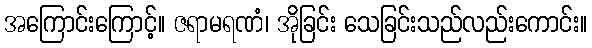
အကြောင်းကြောင့်။ ဇရာမရဏံ၊ အိုခြင်း သေခြင်းသည်လည်းကောင်း။